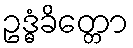
ဥဒ္ဓံခိတ္တော